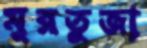
মুরতুজা